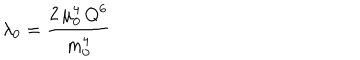
\lambda _ { 0 } = \frac { 2 \, \mu _ { 0 } ^ { 4 } \, Q ^ { 6 } } { m _ { 0 } ^ { 4 } }